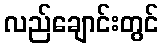
လည်ချောင်းတွင်